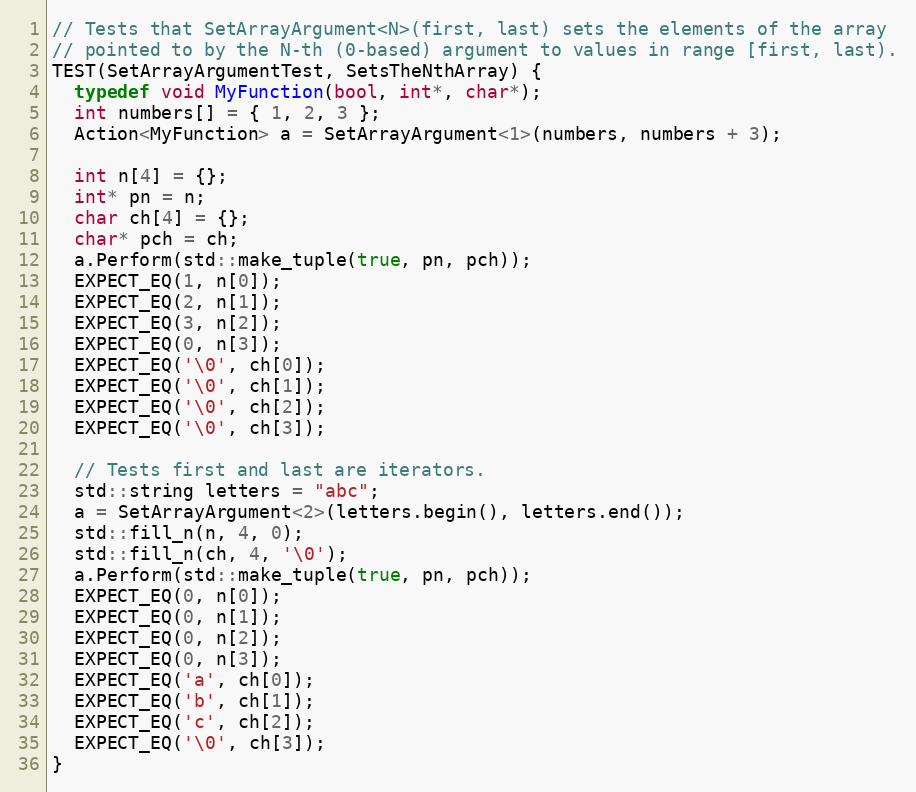
Language: C++
// Tests that SetArrayArgument<N>(first, last) sets the elements of the array
// pointed to by the N-th (0-based) argument to values in range [first, last).
TEST(SetArrayArgumentTest, SetsTheNthArray) {
  typedef void MyFunction(bool, int*, char*);
  int numbers[] = { 1, 2, 3 };
  Action<MyFunction> a = SetArrayArgument<1>(numbers, numbers + 3);

  int n[4] = {};
  int* pn = n;
  char ch[4] = {};
  char* pch = ch;
  a.Perform(std::make_tuple(true, pn, pch));
  EXPECT_EQ(1, n[0]);
  EXPECT_EQ(2, n[1]);
  EXPECT_EQ(3, n[2]);
  EXPECT_EQ(0, n[3]);
  EXPECT_EQ('\0', ch[0]);
  EXPECT_EQ('\0', ch[1]);
  EXPECT_EQ('\0', ch[2]);
  EXPECT_EQ('\0', ch[3]);

  // Tests first and last are iterators.
  std::string letters = "abc";
  a = SetArrayArgument<2>(letters.begin(), letters.end());
  std::fill_n(n, 4, 0);
  std::fill_n(ch, 4, '\0');
  a.Perform(std::make_tuple(true, pn, pch));
  EXPECT_EQ(0, n[0]);
  EXPECT_EQ(0, n[1]);
  EXPECT_EQ(0, n[2]);
  EXPECT_EQ(0, n[3]);
  EXPECT_EQ('a', ch[0]);
  EXPECT_EQ('b', ch[1]);
  EXPECT_EQ('c', ch[2]);
  EXPECT_EQ('\0', ch[3]);
}